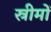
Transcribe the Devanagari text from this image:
स्रीमों